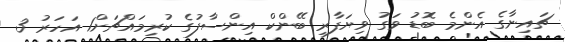
ޗައިނާގެ އެންމެ ބޮޑު ވަގު ވިޔަފާރި ބޭންކް އިންސާފުގެ ކުރިމައްޗަށް1 އަހަރު 3